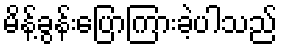
မိန့်ခွန်းပြောကြားခဲ့ပါသည်